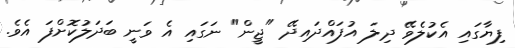
ފިޔާގައި އެކުލެވޭ ދިލަ އުފައްދައިދޭ "ޖީން" ނަގަައި އެ ވަނީ ބަދަލުކޮށްފަ އެވެ.